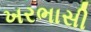
ખરભાસી